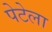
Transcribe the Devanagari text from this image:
पेटेला